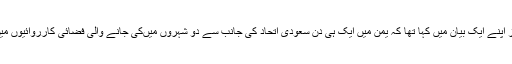
مک گولڈرِ ک نے گزشتہ روز اپنے ایک بیان میں کہا تھا کہ یمن میں ایک ہی دن سعودی اتحاد کی جانب سے دو شہروں میںکی جانے والی فضائی کارروائیوں میں 68 عام شہری ہلاک ہوئے۔